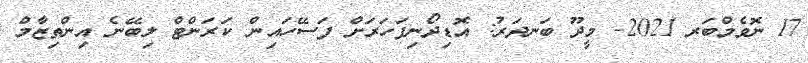
17 ނޮވެމްބަރ 2021- މީދޫ ބަނދަރު: އޮޑިދޯނިފަހަރަށް ފަސޭހައިން ކަރަންޓް ލިބޭނެ އިންތިޒާމް